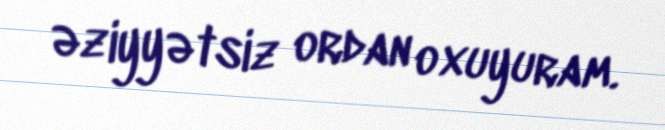
əziyyətsiz ordan oxuyuram.